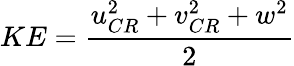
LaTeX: KE=\frac{u_{CR}^{2}+v_{CR}^{2}+w^{2}}{2}